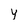
Character: y